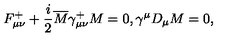
F _ { \mu \nu } ^ { + } + \frac { i } { 2 } \overline { M } \gamma _ { \mu \nu } ^ { + } M = 0 , \gamma ^ { \mu } D _ { \mu } M = 0 ,